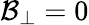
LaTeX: \mathcal{B}_{\perp}=0